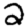
Digit: 2